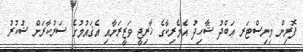
ފޮރިން މިނިސްޓަރ ޢަބްދު ޝާހިދު އެމެރިކާގެ ޚާރިޖީ ވަޒީރަށާއި އެޤައުމުގެ ސަރުކާރަށް ޝުކުރު